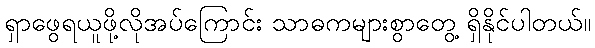
ရှာဖွေရယူဖို့လိုအပ်ကြောင်း သာဓကများစွာတွေ့ ရှိနိုင်ပါတယ်။